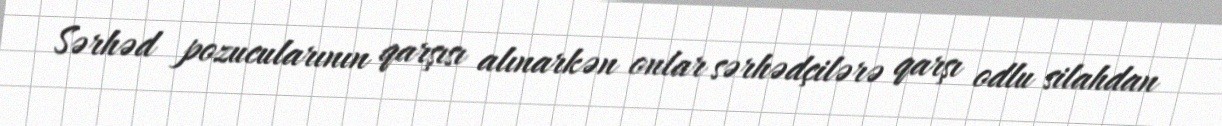
Sərhəd pozucularının qarşısı alınarkən onlar sərhədçilərə qarşı odlu silahdan